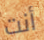
أنت